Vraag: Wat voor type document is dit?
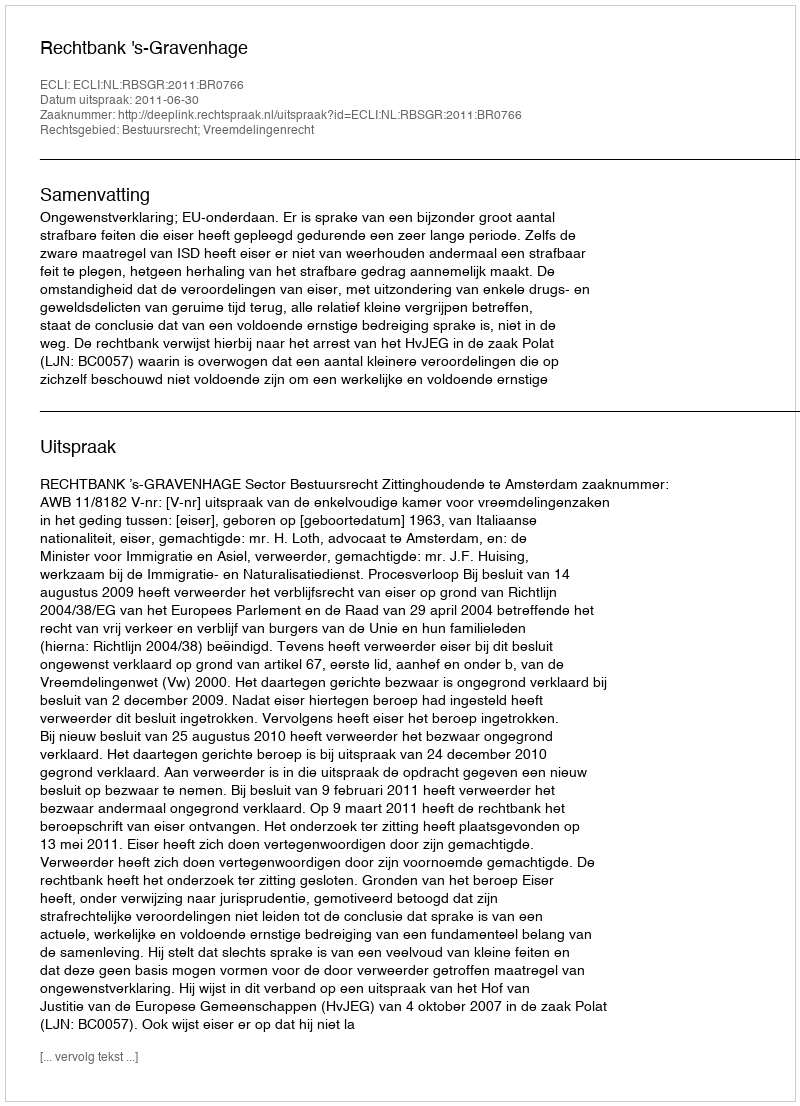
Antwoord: Uitspraak